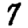
Digit: 7